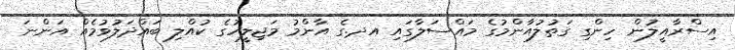
އިސްރާއީލުން ހިންގި ގަތުލުއާންމުގެ މައްސަލާގައި އދ.ގެ އާންމު މަޖިލީހުގެ ކުއްލި ބައްދަލުވުމެއް އަންނަ